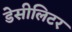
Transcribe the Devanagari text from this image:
डेसीलिटर